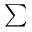
\scriptstyle \sum